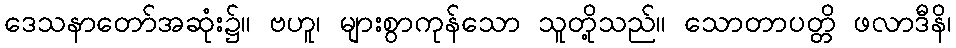
ဒေသနာတော်အဆုံး၌။ ဗဟူ၊ များစွာကုန်သော သူတို့သည်။ သောတာပတ္တိ ဖလာဒီနိ၊